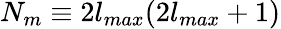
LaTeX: N_{m}\equiv 2l_{max}(2l_{max}+1)